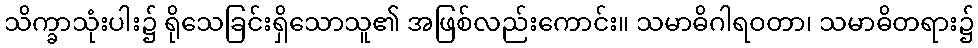
သိက္ခာသုံးပါး၌ ရိုသေခြင်းရှိသောသူ၏ အဖြစ်လည်းကောင်း။ သမာဓိဂါရဝတာ၊ သမာဓိတရား၌